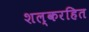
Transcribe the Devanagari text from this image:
शल्करहित